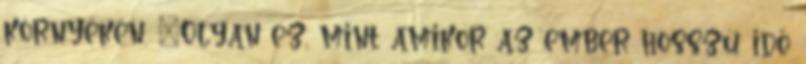
környékén. "Olyan ez, mint amikor az ember hosszú idő